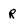
Character: R